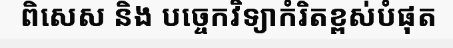
ពិសេស និង បច្ចេកវិទ្យាកំរិតខ្ពស់បំផុត